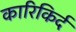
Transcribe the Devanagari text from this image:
कारिकिर्द